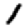
Digit: 1